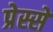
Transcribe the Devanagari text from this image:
प्रेस्से